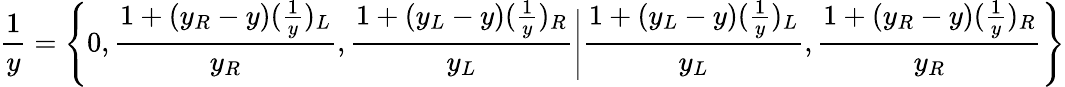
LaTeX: {\frac{1}{y}}={\Bigg\{ }0,{\frac{1+(y_{R}-y)({\frac{1}{y}})_{L}}{y_{R}}},{\frac{1+(y_{L}-y)({\frac{1}{y}})_{R}}{y_{L}}}{\Bigg|}{\frac{1+(y_{L}-y)({\frac{1}{y}})_{L}}{y_{L}}},{\frac{1+(y_{R}-y)({\frac{1}{y}})_{R}}{y_{R}}}{\Bigg\} }